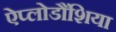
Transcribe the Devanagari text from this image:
ऐप्लोडौंशिया